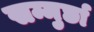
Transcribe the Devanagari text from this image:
सम्मुर्छा